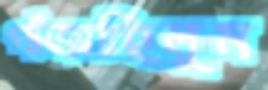
গাঁজাচ্ছিলুম